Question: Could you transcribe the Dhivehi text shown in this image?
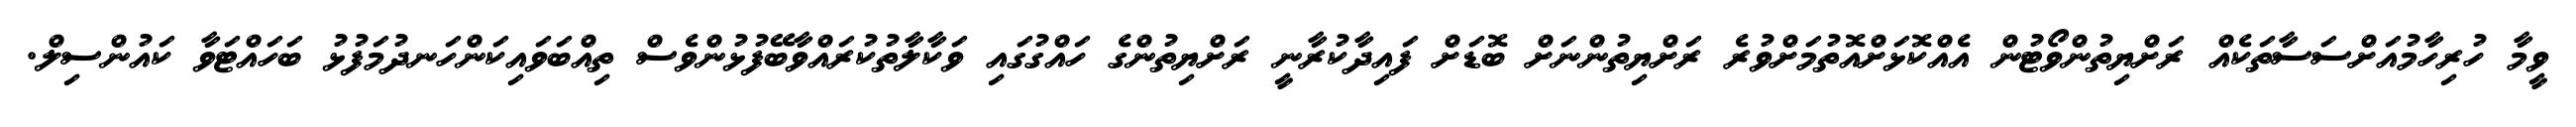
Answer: ވީމާ ހުރިހާމުއަށްސަސާތަކެއް ރަށްޔިތުންވޯޓުން އެއްކޮޅަށްއޮތުމަށްވުރެ ރަށްޔިތުންނަށް ބޮޑަށް ފައިދާކުރާނީ ރަށްޔިތުންގެ ހައްގުގައި ވަކާލާތުކުރައްވާބޭފުޅުންވެސް ތިއްބަވައިކަންހަނދުމަފުޅު ބަހައްޓަވާ ކައުންސިލް.